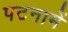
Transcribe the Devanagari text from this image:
पटनामें